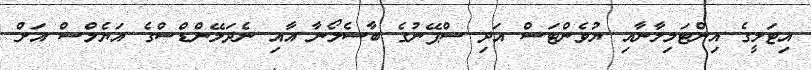
އިޓަލީގެ އިންޓަމިލާނާއި ޔުވެންޓަސް އަދި ސްޕޭނުގެ ބާސެލޯނާ އާއި ނެދަލޭންޑްސްގެ އަޔެލްސް އަށް